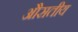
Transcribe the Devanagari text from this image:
औसतीय